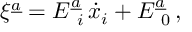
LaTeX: \xi ^ { \underline { { { a } } } } = E _ { \ i } ^ { \underline { { { a } } } } \, \dot { x } _ { i } + E _ { \ 0 } ^ { \underline { { { a } } } } \, ,